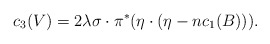
\begin{align*}c_3(V)= 2\lambda \sigma\cdot \pi^{*}(\eta\cdot(\eta-nc_1(B))). \end{align*}